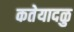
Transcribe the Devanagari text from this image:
कतेयादळु